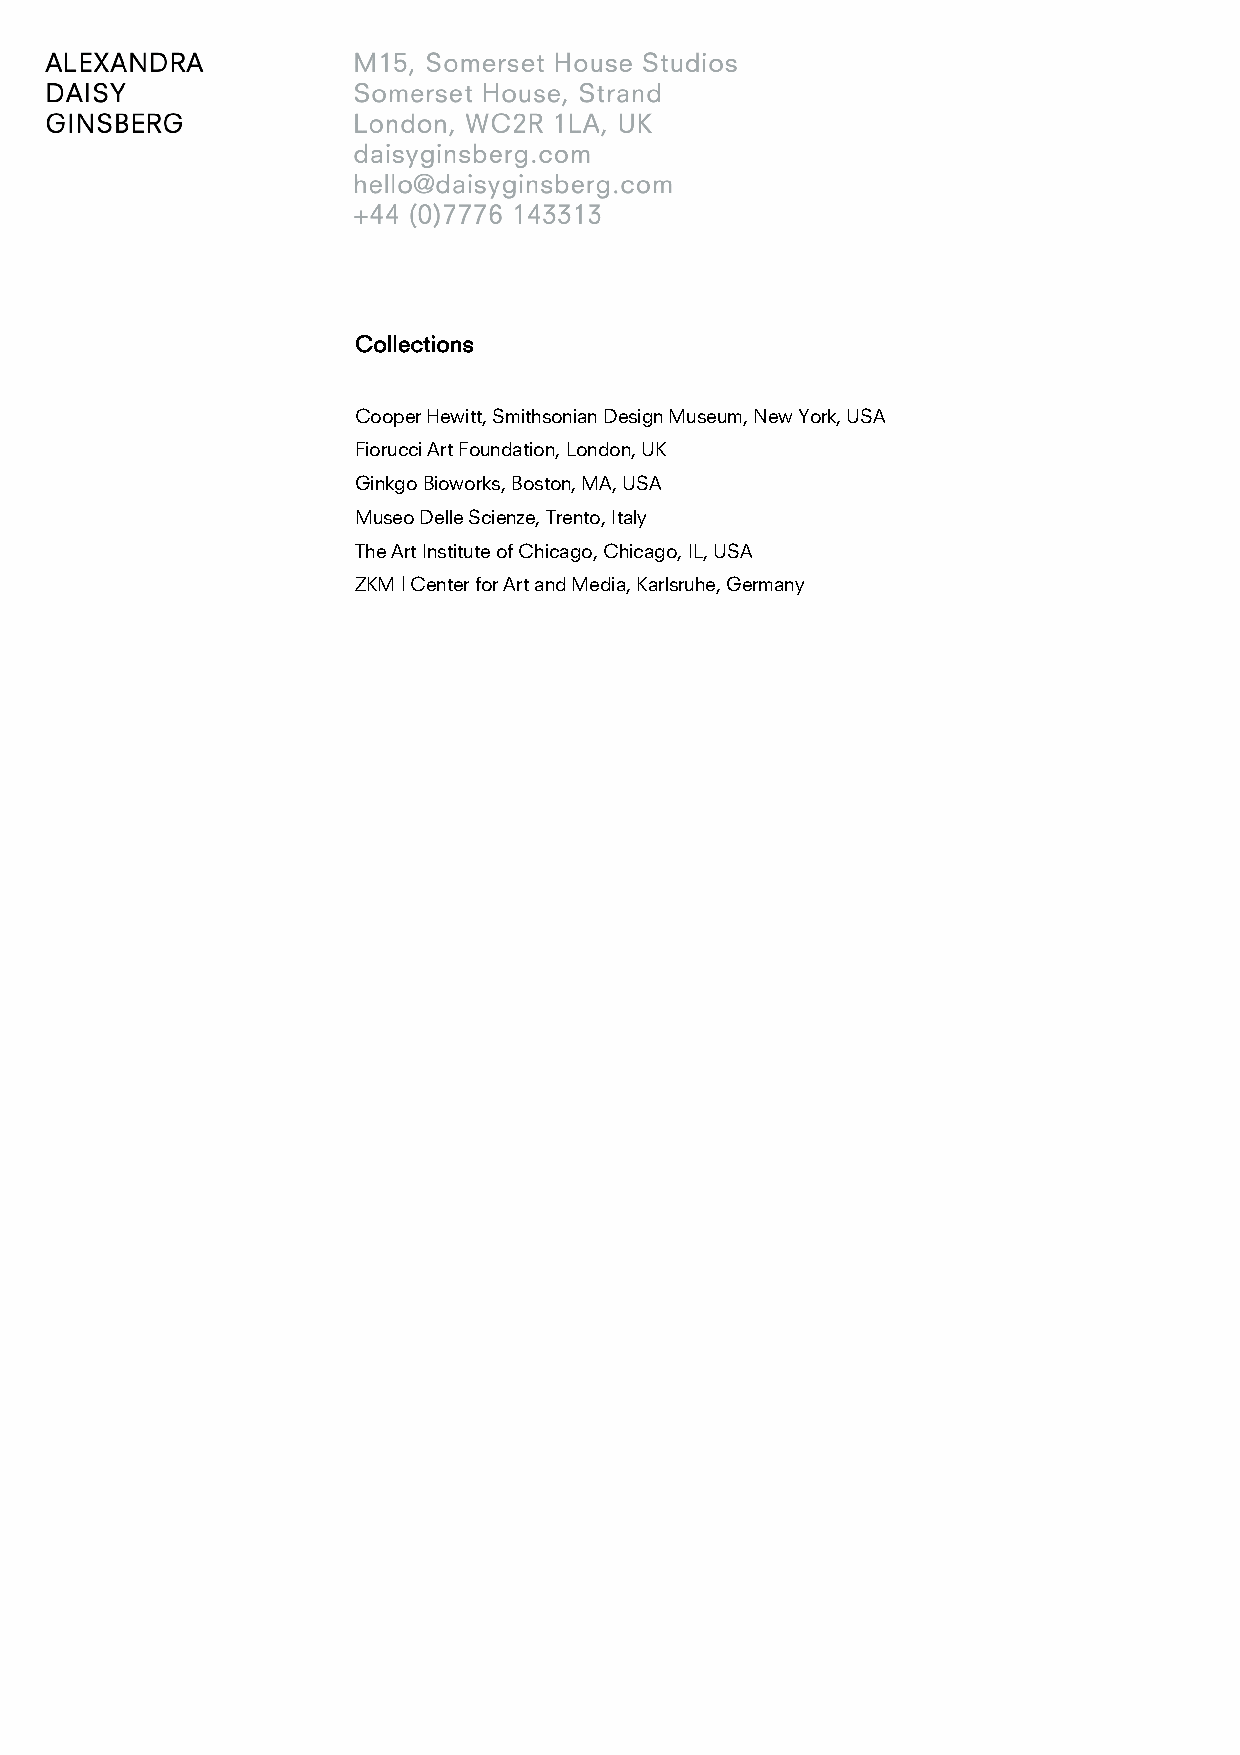
Collections
 Cooper Hewitt, Smithsonian Design Museum, New York, USA
 Fiorucci Art Foundation, London, UK
 Ginkgo Bioworks, Boston, MA, USA
 Museo Delle Scienze, Trento, Italy
 The Art Institute of Chicago, Chicago, IL, USA
 ZKM | Center for Art and Media, Karlsruhe, Germany